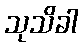
သုသိခါ